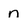
Character: n